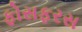
ફોસફરસ